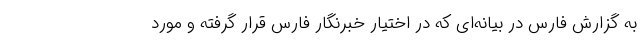
به گزارش فارس در بیانه‌ای که در اختیار خبرنگار فارس قرار گرفته و مورد